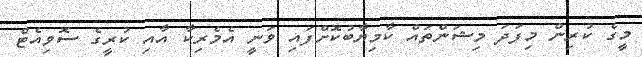
މީގެ ކުރިން މިފަދަ މިޝަންތައް ކާމިޔާބުކޮށްފައި ވަނީ އެމެރިކާ އާއި ކުރީގެ ސޮވިއެޓް